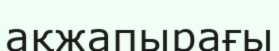
ақжапырағы